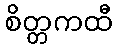
စိတ္တကထီ